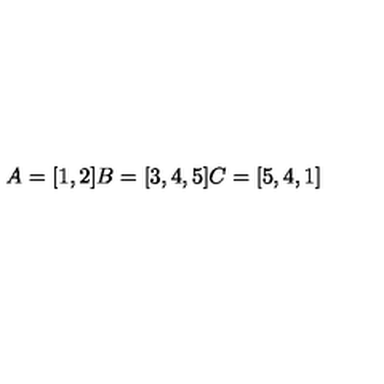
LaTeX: A = [ 1 , 2 ] B = [ 3 , 4 , 5 ] C = [ 5 , 4 , 1 ]